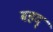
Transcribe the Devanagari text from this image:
बहद्